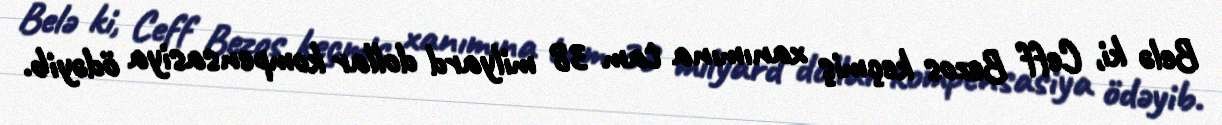
Belə ki, Ceff Bezos keçmiş xanımına tam 38 milyard dollar kompensasiya ödəyib.